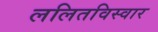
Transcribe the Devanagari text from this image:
ललितविस्वार